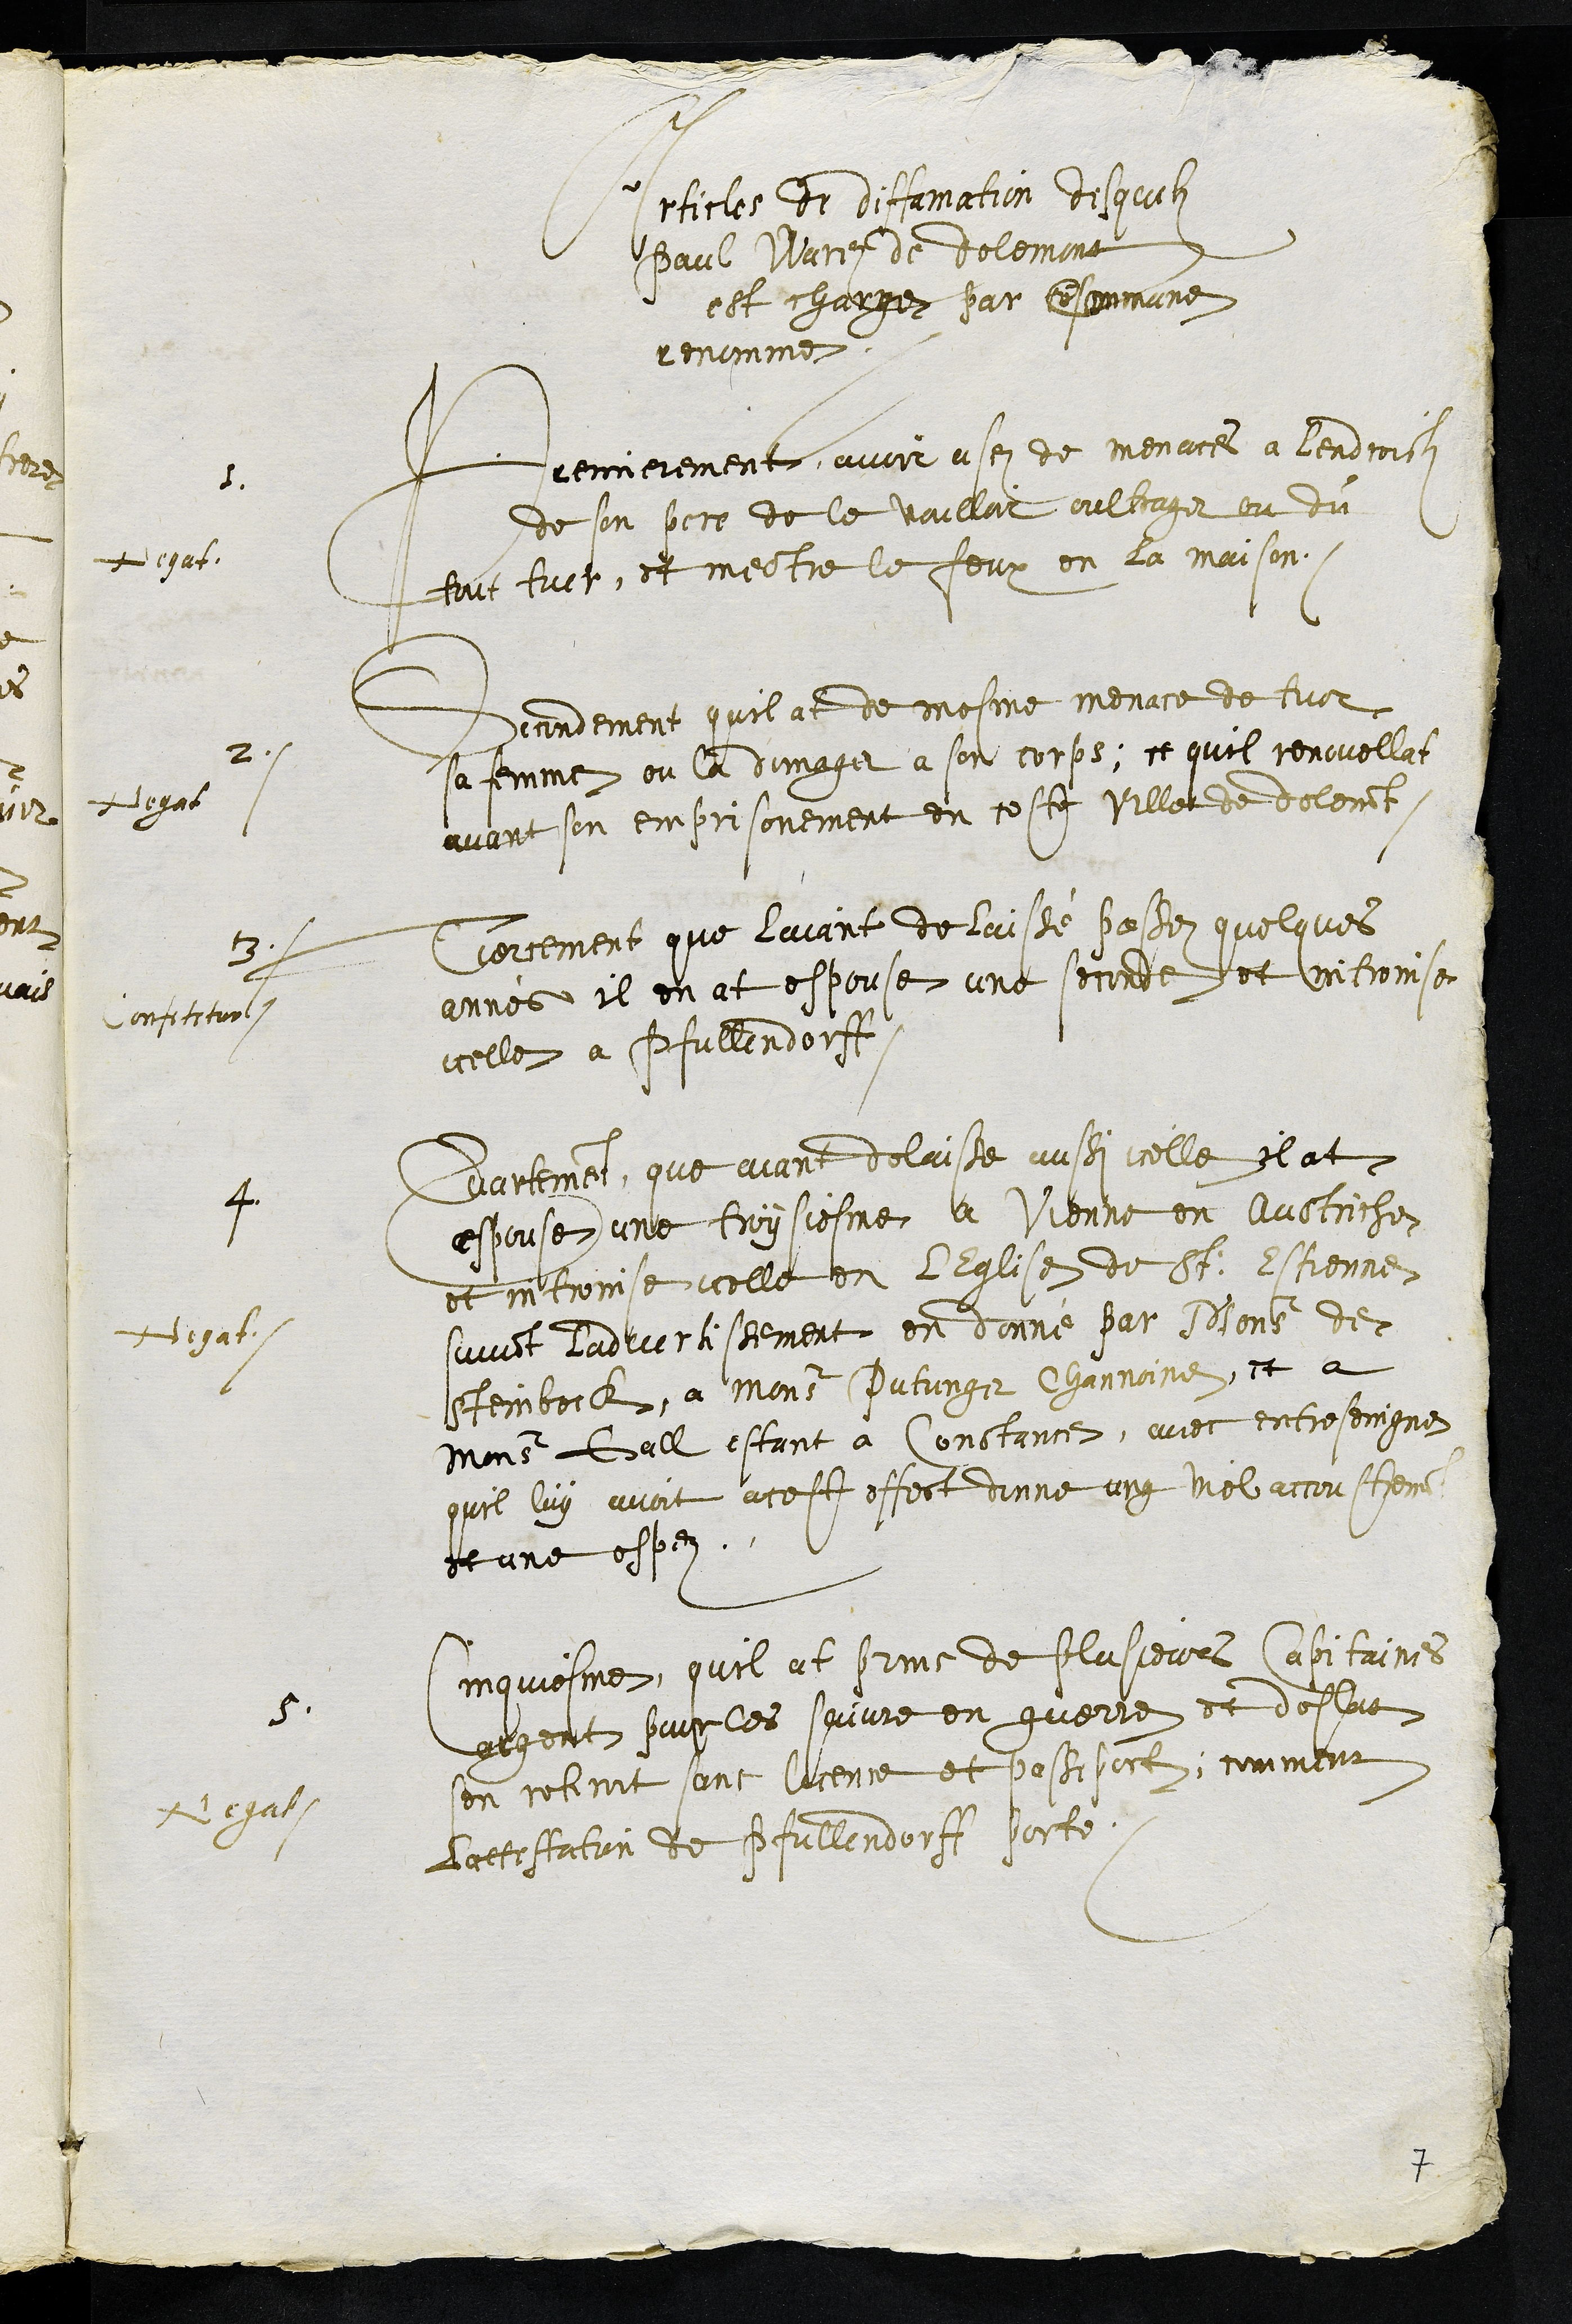
Articles de diffamation desquelz
Paul Warre de Delemont
est charger par Commune
renomme
I
Premierement avoir use de menaces a lendroit
de son pere de le voulloir oultrager ou du
tout tuer et mectre le feux en la maison
Negat.
2
Secondement quil at de mesme menace de tuer
sa femme ou la domager a son corps, ce quil renovellat
avant son emprisonnement en ceste Ville de delemont
Negat
3
Tiercement que laiant delaissé passez quelques
annes il en at espouse une seconde et intronise
icelle a Pfullendorff
Confetitur.
4
Quartement, que avant delaisse aussi celle il at
espouse une troysiesme a Vienne en Autriche
et intronise icelle en lEglise de St. Estienne
suivant ladvertissement en donné par Monsieur de
Steinbock a Monsieur Putinger Channoine, et a
Monsieur Gall estant a Constance, avec entreseingne
quil luy avoit acest effect donne ung viel accoustement
et une espez
Negat.
5
Cinquiesme, quil at prins de plusieurs Capitaines
argent pour les suivre en guerre et deslat
sen retiroit sans licence et passeport, comment
Lattestation de Pfullendorff porte
Negat.
7